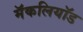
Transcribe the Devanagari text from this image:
मॅकलियॉड